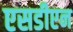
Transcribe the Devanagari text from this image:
एसडीएन